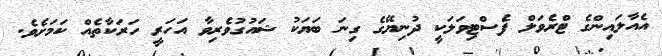
އެއާލައިންގެ ޓްރެވަލް ފެސްޓިވަލަކީ ދުނިޔޭގެ ގިނަ ބަޔަކު ޝައުގުވެރިވާ އަހަރީ ހަރަކާތެއް ކަމަށެވެ.